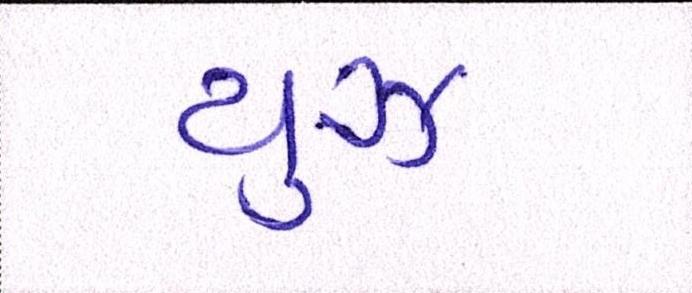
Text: યુઝ